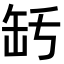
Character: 𦈤